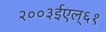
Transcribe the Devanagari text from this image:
२००३ईएल्‌६१